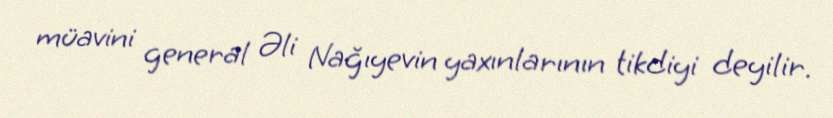
müavini general Əli Nağıyevin yaxınlarının tikdiyi deyilir.